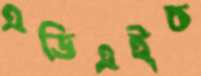
এডিএইচ